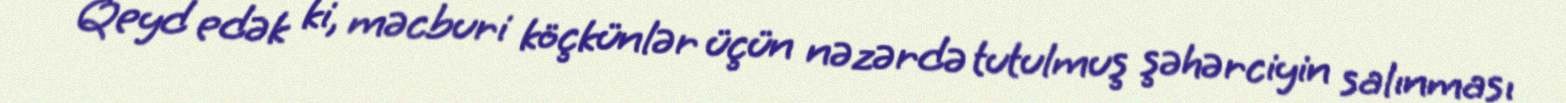
Qeyd edək ki, məcburi köçkünlər üçün nəzərdə tutulmuş şəhərciyin salınması